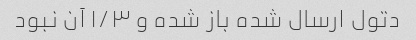
دتول ارسال شده باز شده و ۱/۳ آن نبود